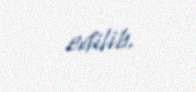
edilib.